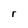
Character: r